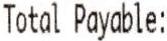
TOTAL PAYABLE: